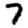
Digit: 7